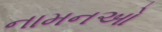
નામનઓ